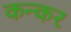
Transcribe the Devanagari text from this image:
कन्कर